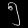
Digit: ၅